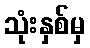
သုံးနှစ်မှ